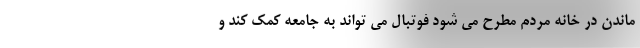
ماندن در خانه مردم مطرح می شود فوتبال می تواند به جامعه کمک کند و